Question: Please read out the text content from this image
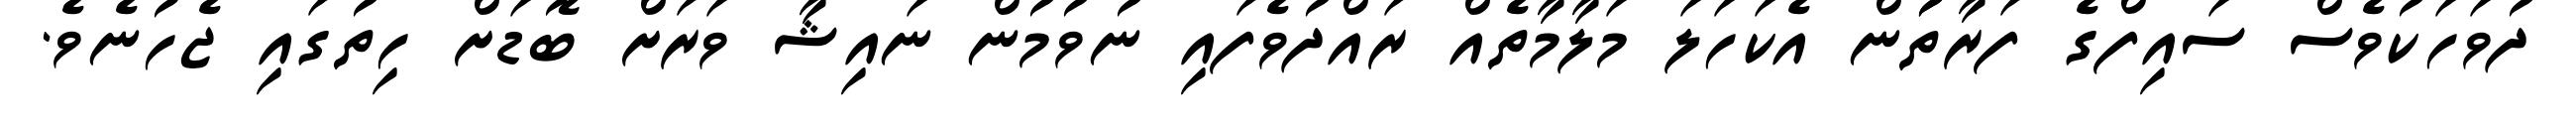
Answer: ދުވަހަކުވެސް ސައިފްގެ ފަރާތުުން އެކަހަލަ މަލާމާތެއް ރައްދުވެފައި ނުވުމުން ނައިޝާ ވަރަށް ބޮޑަށް ހިތުގައި ޖެހުނެވެ.